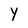
Character: Y